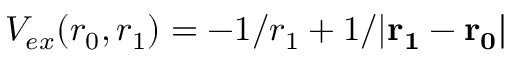
V _ { e x } ( r _ { 0 } , r _ { 1 } ) = - 1 / r _ { 1 } + 1 / { | \bf { r } _ { 1 } - \bf { r } _ { 0 } | }